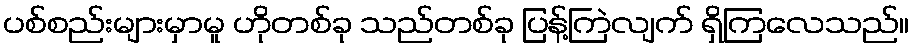
ပစ်စည်းများမှာမူ ဟိုတစ်ခု သည်တစ်ခု ပြန့်ကြဲလျက် ရှိကြလေသည်။